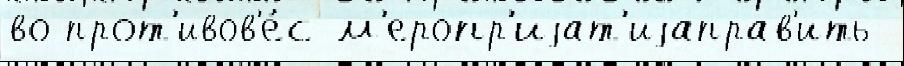
во прот'ивов'е́с м'еропр'иjат'иjаправ'ить